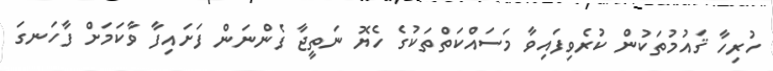
ހުރިހާ ޤައުމުތަކުން ކުރެވިފައިވާ މަސައްކަތްތަކުގެ ހެޔޮ ނަތީޖާ ފެންނަން ފަށައިފާ ވާކަމަށް ފާހަނގަ